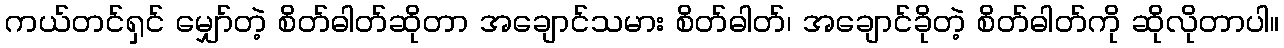
ကယ်တင်ရှင် မျှော်တဲ့ စိတ်ဓါတ်ဆိုတာ အချောင်သမား စိတ်ဓါတ်၊ အချောင်ခိုတဲ့ စိတ်ဓါတ်ကို ဆိုလိုတာပါ။